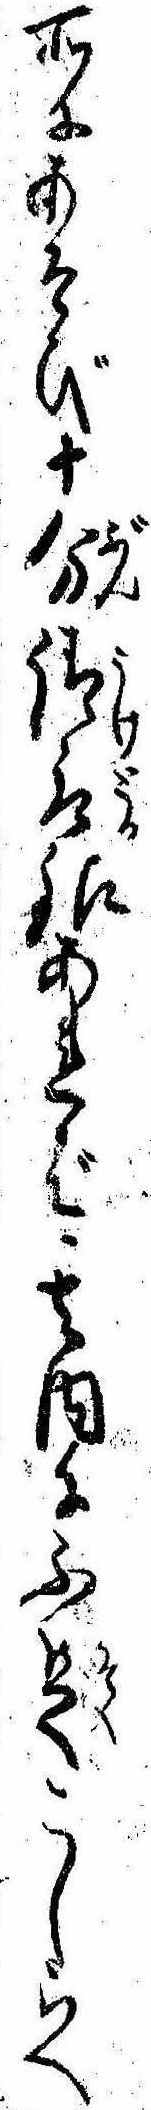
所にあそび十分請取銀あれば其内に不足こしらへ